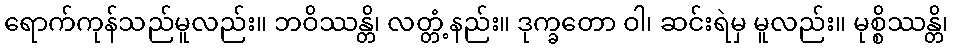
ရောက်ကုန်သည်မူလည်း။ ဘဝိဿန္တိ၊ လတ္တံ့နည်း။ ဒုက္ခတော ဝါ၊ ဆင်းရဲမှ မူလည်း။ မုစ္စိဿန္တိ၊